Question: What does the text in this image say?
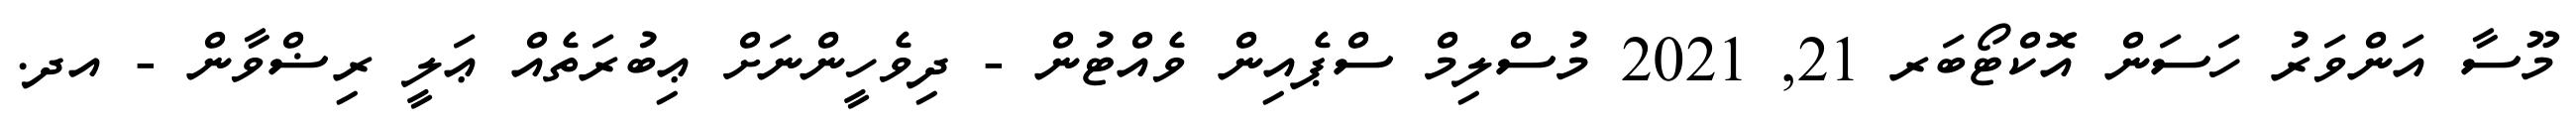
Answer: މޫސާ އަންވަރު ހަސަން އޮކްޓޯބަރ 21, 2021 މުސްލިމް ސްޕެއިން ވެއްޓުން - ދިވެހީންނަށް ޢިބުރަތެއް ޢަލީ ރިޟްވާން - އދ.